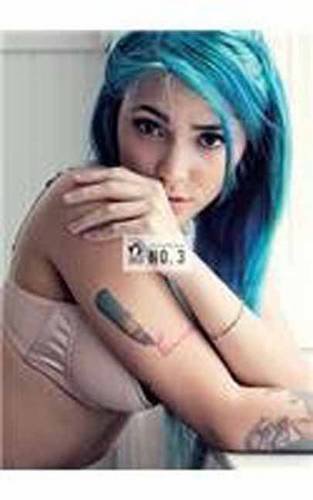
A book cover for SuicideGirls: No. 3; Missy Suicide; Arts & Photography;